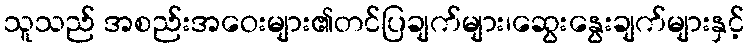
သူသည် အစည်းအဝေးများ၏တင်ပြချက်များ၊ဆွေးနွေးချက်များနှင့်